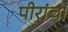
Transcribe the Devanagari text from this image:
पीरांचा